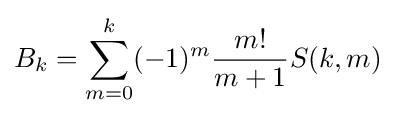
B_{k}=\sum _{m=0}^{k}(-1)^{m}{\frac {m!}{m+1}}S(k,m)